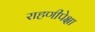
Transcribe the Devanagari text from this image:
राहणीपेक्षा